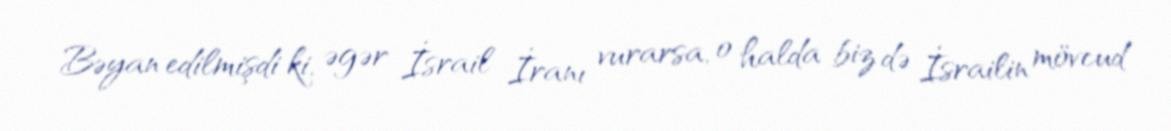
Bəyan edilmişdi ki, əgər İsrail İranı vurarsa, o halda biz də İsrailin mövcud